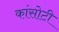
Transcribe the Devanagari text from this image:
कांसोटी